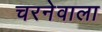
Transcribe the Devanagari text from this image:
चरनेवाला